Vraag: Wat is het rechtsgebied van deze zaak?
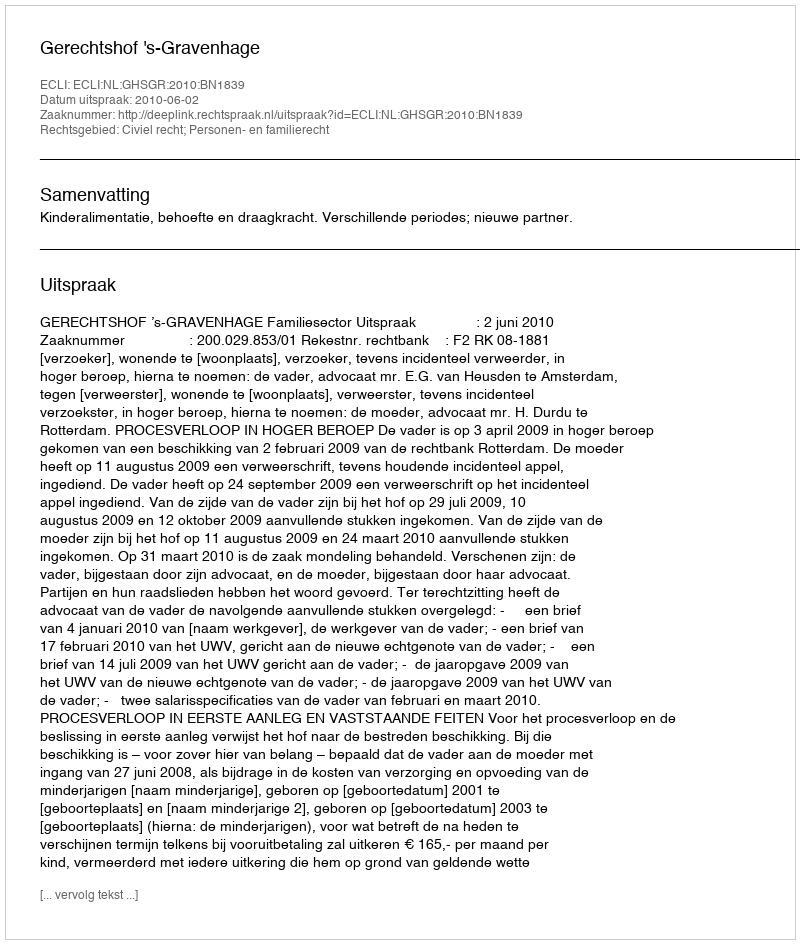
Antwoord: Civiel recht; Personen- en familierecht